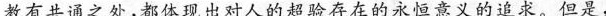
教有共通之处，都体现出对人的超验存在的永恒意义的追求。但是，